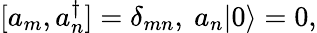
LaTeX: [a_{m},a_{n}^{\dagger}]=\delta_{mn},\ a_{n}|0\rangle=0,